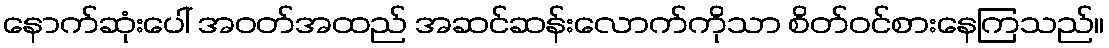
နောက်ဆုံးပေါ် အဝတ်အထည် အဆင်ဆန်းလောက်ကိုသာ စိတ်ဝင်စားနေကြသည်။